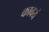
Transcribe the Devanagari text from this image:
कावयं